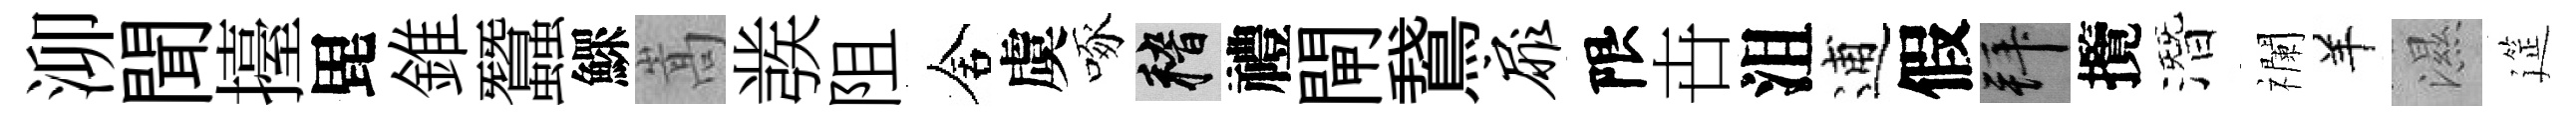
泖聞擡毘錐蠶鰥嵩彂阻舍虞啄稽禮閘鵞扉限卋沮逋假拜攬潛襴羊濕筵